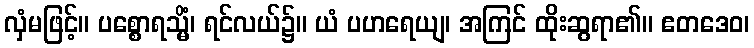
လှံမဖြင့်။ ပစ္စောရသ္မိံ၊ ရင်လယ်၌။ ယံ ပဟရေယျ၊ အကြင် ထိုးဆွရာ၏။ ဧတဒေဝ၊